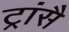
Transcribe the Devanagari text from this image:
ट्रांसै